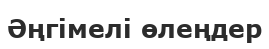
Әңгімелі өлеңдер